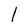
Character: l